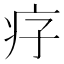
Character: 𤴳